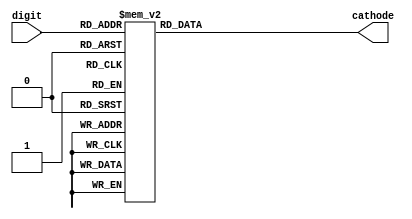
`timescale 1ns / 1ps
//////////////////////////////////////////////////////////////////////////////////
// Company: 
// Engineer: 
// 
// Design Name: 
// Module Name: bcd_cathodes
// Project Name: 
// Target Devices: 
// Tool Versions: 
// Description: 
// 
// Dependencies: 
// 
// Revision:
// Revision 0.01 - File Created
// Additional Comments:
// 
//////////////////////////////////////////////////////////////////////////////////



module bcd_cathodes( 
input [3:0] digit,
output reg[6:0] cathode=0
);
    
always@(digit)
begin 
case(digit)

4'd0:
  cathode= 7'b1000000;
  
4'd1:
     cathode= 7'b1111001;
     
4'd2: 
     cathode= 7'b0100100;
     
4'd3:
 cathode= 7'b0110000;
 
4'd4:
    cathode= 7'b0011001;
4'd5:
    cathode= 7'b0010010;
    
4'd6: 
    cathode= 7'b0000010;
    
4'd7: 
     cathode= 7'b1111000;
     
4'd8:
    cathode= 7'b0000000;
    
4'd9: 
    cathode= 7'b0010000;
4'd9: 
    cathode= 7'b0010000;
4'd15:
    cathode = 7'b0111111;     
default:
cathode=7'b1000000;

endcase
end
endmodule